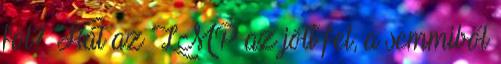
föl? Hát az LMP az jött fel, a semmiből